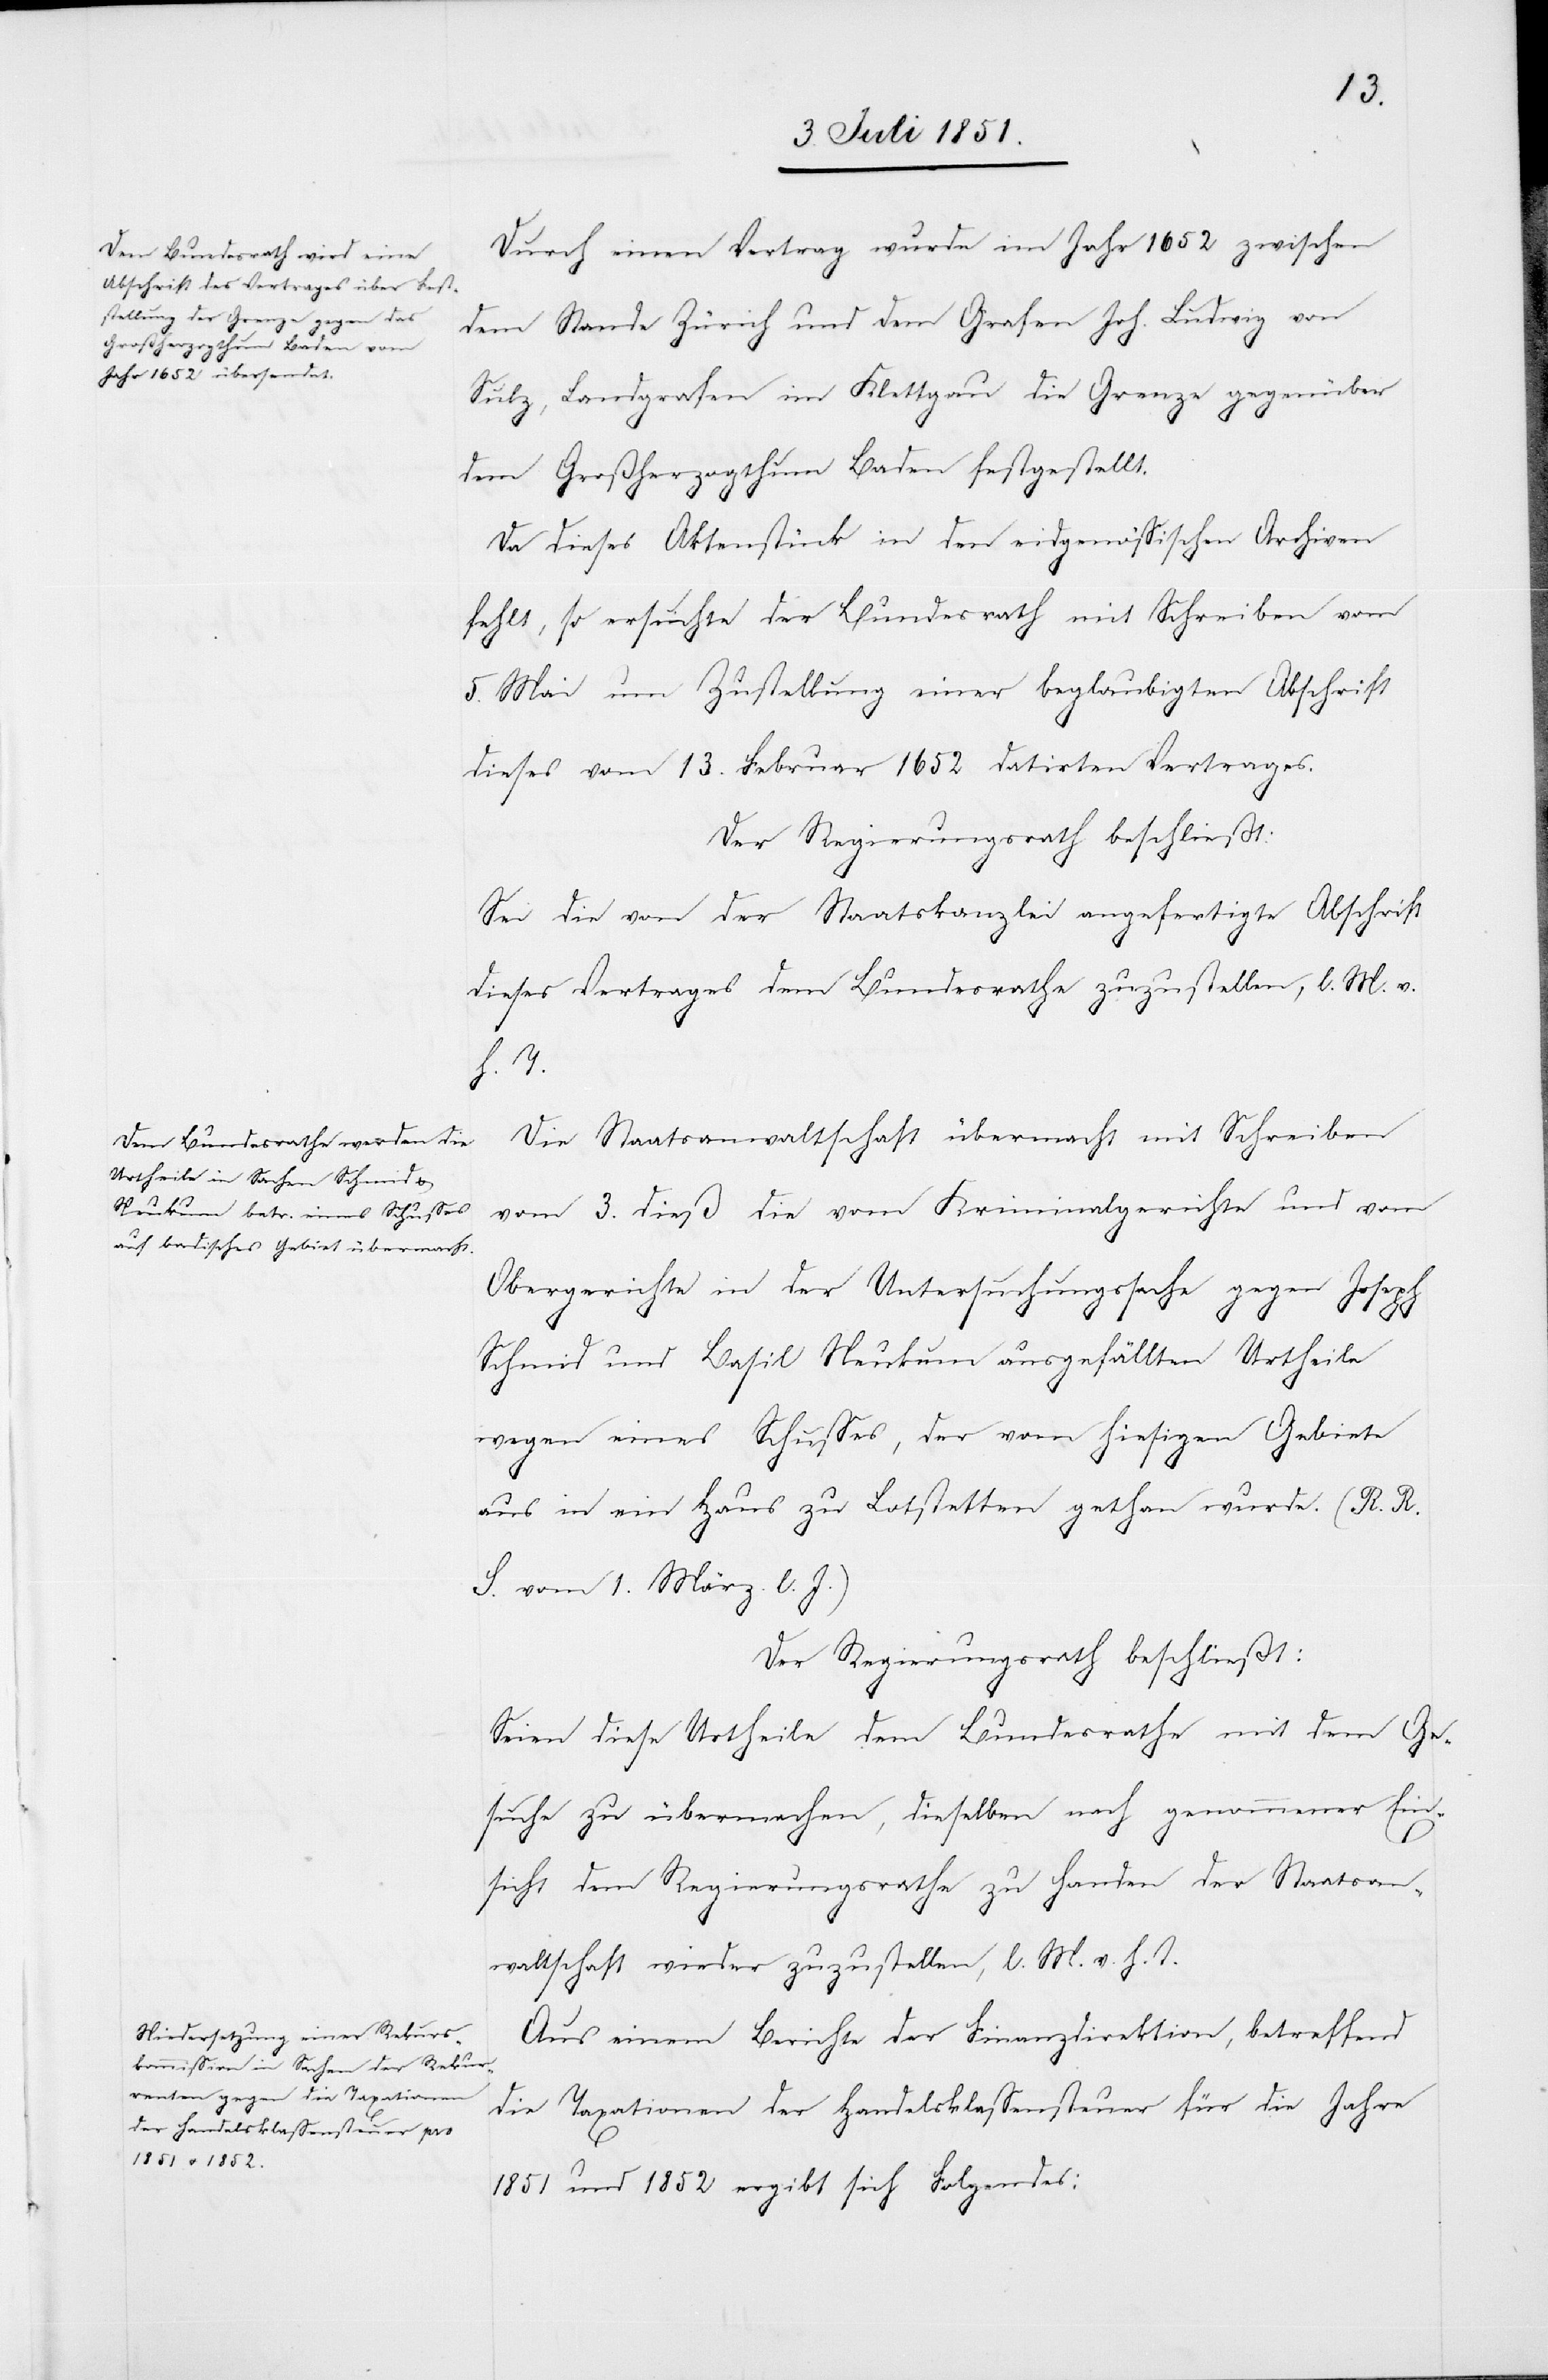
Durch einen Vertrag wurde im Jahr 1652 zwischen
dem Stande Zürich und dem Grafen Joh. Ludwig von
Sulz, Landgrafen im Klettgau die Grenze gegenüber
dem Großherzogthum Baden festgestellt.
Da dieses Aktenstück in den eidgenössischen Archiven
fehlt, so ersuchte der Bundesrath mit Schreiben vom
5. Mai um Zustellung einer beglaubigten Abschrift
dieses vom 13. Februar 1652 datirten Vertrages.
Der Regierungsrath beschließt:
Sei die von der Staatskanzlei angefertigte Abschrift
dieses Vertrages dem Bundesrathe zuzustellen, l. M. v.
h. T.
Die Staatsanwaltschaft übermacht mit Schreiben
vom 3. dieß die vom Kriminalgerichte und vom
Obergerichte in der Untersuchungssache gegen Joseph
Schmid und Basil Neukum ausgefällten Urtheile
wegen eines Schusses, der vom hiesigen Gebiete
aus in ein Haus zu Lotstetten gethan wurde. (R. R.
S. vom 1. März l. J.)
Der Regierungsrath beschließt:
Seien diese Urtheile dem Bundesrathe mit dem Ge¬
suche zu übermachen, dieselben nach genommener Ein¬
sicht dem Regierungsrathe zu Handen der Staatsan¬
waltschaft wieder zuzustellen, l. M. v. h. T.
Aus einem Berichte der Finanzdirektion, betreffend
die Taxationen der Handelsklassensteuer für die Jahre
1851 und 1852 ergibt sich Folgendes: